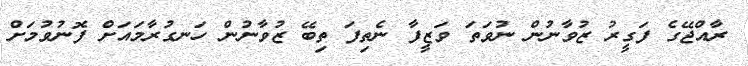
ރާއްޖޭގެ ފަގީރު ޒުވާނުން ނުވަތަ ވަޒީފާ ނެތިފަ ތިބޭ ޒުވާނުން ހަނގުރާމައަށް ފޮނުވުމަށް